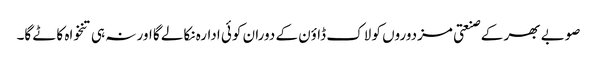
صوبے بھر کے صنعتی مزدوروں کو لاک ڈاؤن کے دوران کوئی ادارہ نکالے گا اور نہ ہی تنخواہ کاٹے گا۔